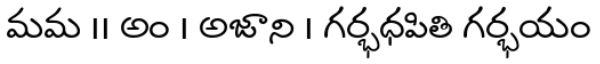
మమ ।। అం । అజాని । గర్భధపితి గర్భయం